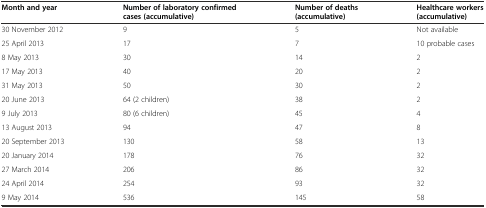
| Month and year | Number of laboratory confirmed cases (accumulative) | Number of deaths (accumulative) | Healthcare workers (accumulative) |
 | --- | --- | --- | --- |
 | 30 November 2012 | 9 | 5 | Not available |
 | 25 April 2013 | 17 | 7 | 10 probable cases |
 | 8 May 2013 | 30 | 14 | 2 |
 | 17 May 2013 | 40 | 20 | 2 |
 | 31 May 2013 | 50 | 30 | 2 |
 | 20 June 2013 | 64 (2 children) | 38 | 2 |
 | 9 July 2013 | 80 (6 children) | 45 | 4 |
 | 13 August 2013 | 94 | 47 | 8 |
 | 20 September 2013 | 130 | 58 | 13 |
 | 20 January 2014 | 178 | 76 | 32 |
 | 27 March 2014 | 206 | 86 | 32 |
 | 24 April 2014 | 254 | 93 | 32 |
 | 9 May 2014 | 536 | 145 | 58 |